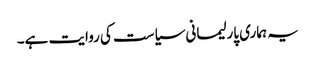
یہ ہماری پارلیمانی سیاست کی روایت ہے۔